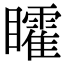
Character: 矐